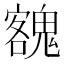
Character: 𩳼